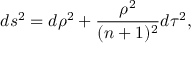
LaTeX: d s ^ { 2 } = d \rho ^ { 2 } + \frac { \rho ^ { 2 } } { ( n + 1 ) ^ { 2 } } d \tau ^ { 2 } ,